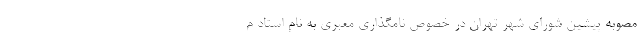
مصوبه پیشین شورای شهر تهران در خصوص نامگذاری معبری به نام استاد م